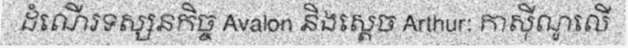
ដំណើរទស្សនកិច្ច Avalon និងស្តេច Arthur: កាស៊ីណូលើ